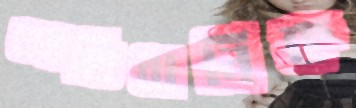
আভিধানিক